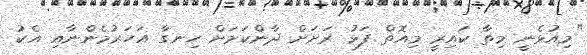
"މިއުޅެނީ މިތާ ކައިރީ މިއޮތް ފަޅު ރަށަށް ދާންކަމަށް ހިނގާ އަހަރުމެންނާއި އެކު